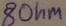
Text: 8Ohm